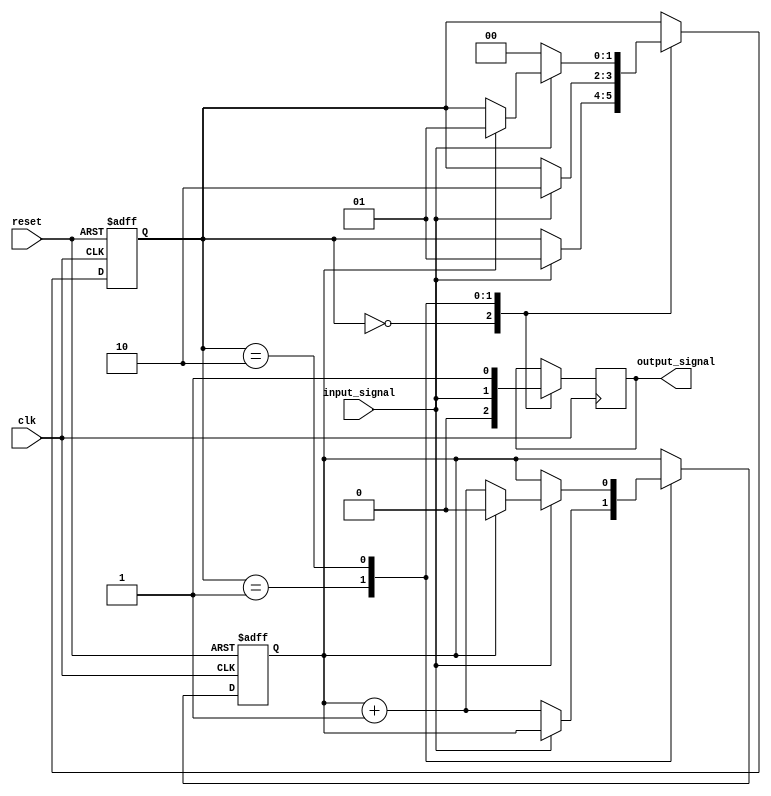
module MealyStateMachine(
    input reset,
    input clk,
    input input_signal,
    output reg output_signal
);

// State definitions
parameter S0 = 0;
parameter S1 = 1;
parameter S2 = 2;

// State and output signal registers
reg [1:0] state;
reg delay_counter;

// State machine logic
always @(posedge clk or posedge reset) begin
    if (reset) begin
        state <= S0;
        delay_counter <= 0;
    end else begin
        case(state)
            S0: begin
                if (input_signal) begin
                    state <= S1;
                end
            end
            S1: begin
                if (input_signal) begin
                    state <= S2;
                end else begin
                    delay_counter <= delay_counter + 1;
                    if (delay_counter == 2) begin
                        state <= S0;
                        delay_counter <= 0;
                    end
                end
            end
            S2: begin
                if (!input_signal) begin
                    state <= S0;
                end else begin
                    delay_counter <= delay_counter + 1;
                    if (delay_counter == 1) begin
                        state <= S1;
                        delay_counter <= 0;
                    end
                end
            end
        endcase
    end
end

// Output logic
always @(posedge clk) begin
    case(state)
        S0: output_signal <= 0;
        S1: output_signal <= input_signal;
        S2: output_signal <= 1;
    endcase
end

endmodule